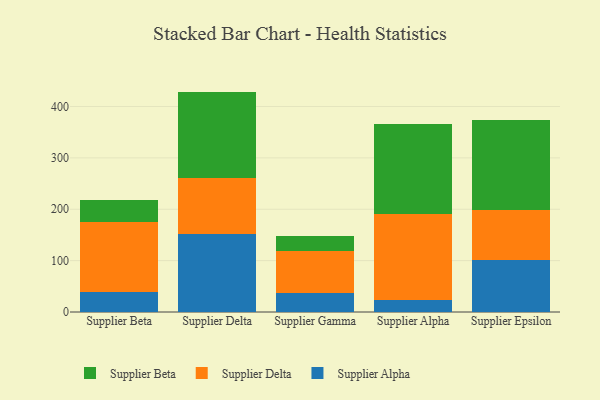
{"axis": {"x": "Supplier", "y": "Active Users"}, "legend": ["Supplier Alpha", "Supplier Beta", "Supplier Delta"], "data": [{"x": "Supplier Beta", "y": 39.2, "type": "Supplier Alpha"}, {"x": "Supplier Beta", "y": 135.7, "type": "Supplier Delta"}, {"x": "Supplier Beta", "y": 43.1, "type": "Supplier Beta"}, {"x": "Supplier Delta", "y": 151.3, "type": "Supplier Alpha"}, {"x": "Supplier Delta", "y": 108.8, "type": "Supplier Delta"}, {"x": "Supplier Delta", "y": 168.9, "type": "Supplier Beta"}, {"x": "Supplier Gamma", "y": 36.1, "type": "Supplier Alpha"}, {"x": "Supplier Gamma", "y": 82.9, "type": "Supplier Delta"}, {"x": "Supplier Gamma", "y": 29.8, "type": "Supplier Beta"}, {"x": "Supplier Alpha", "y": 23.5, "type": "Supplier Alpha"}, {"x": "Supplier Alpha", "y": 167.6, "type": "Supplier Delta"}, {"x": "Supplier Alpha", "y": 175.5, "type": "Supplier Beta"}, {"x": "Supplier Epsilon", "y": 100.9, "type": "Supplier Alpha"}, {"x": "Supplier Epsilon", "y": 96.9, "type": "Supplier Delta"}, {"x": "Supplier Epsilon", "y": 176.9, "type": "Supplier Beta"}]}